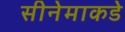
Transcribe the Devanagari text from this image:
सीनेमाकडे